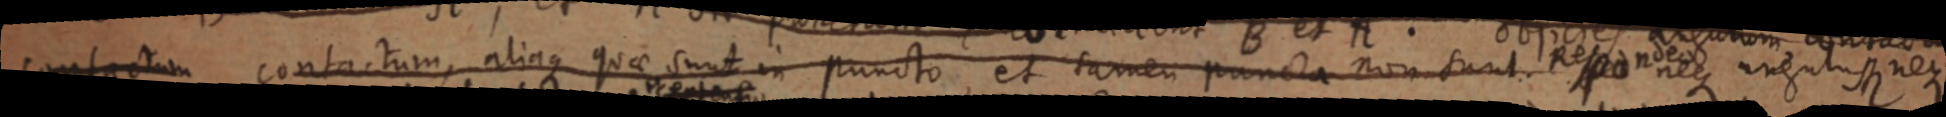
mtaem contactum, alinque quae sunt in puncto et tamen puncta non sunt neque angulus neque